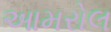
આમરોલ